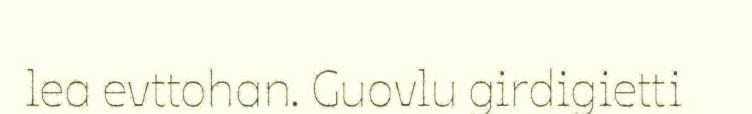
lea evttohan. Guovlu girdigietti